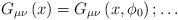
LaTeX: \begin{align*}G_{\mu\nu}\left( x \right)=G_{\mu\nu}\left( x,\phi_{0} \right) ;\ldots\end{align*}